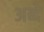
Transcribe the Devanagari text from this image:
अब्दे